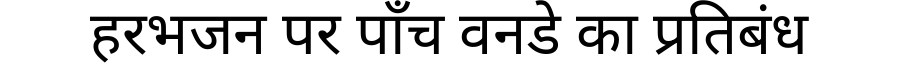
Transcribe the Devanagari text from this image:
हरभजन पर पाँच वनडे का प्रतिबंध